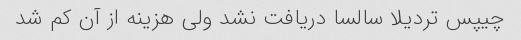
چیپس تردیلا سالسا دریافت نشد ولی هزینه از آن کم شد